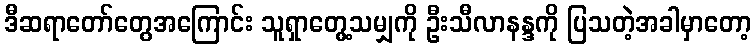
ဒီဆရာတော်တွေအကြောင်း သူရှာတွေ့သမျှကို ဦးသီလာနန္ဒကို ပြသတဲ့အခါမှာတော့